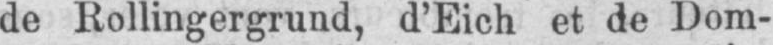
de Rollingergrund, d’Eich et de Dom-